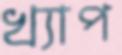
খ্যাপ